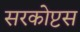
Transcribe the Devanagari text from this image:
सरकोप्टस